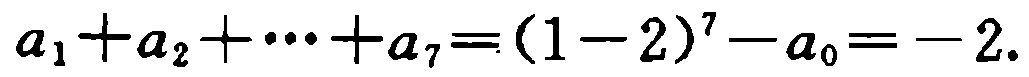
\(a_{1}+a_{2}+\cdots +a_{7}=(1 - 2)^{7}-a_{0}=-2\)